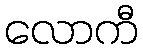
လောကီ